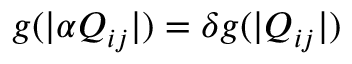
g ( | \alpha Q _ { i j } | ) = \delta g ( | Q _ { i j } | )